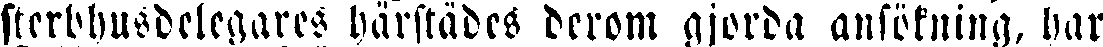
sterbhusdelegares harstädes derom gjorda ansökning, har